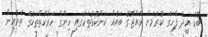
ބޮޑު އީދު ފާހަގަ ކުރުމަށް ރާއްޖޭގެ ބައެއް ކަންކޮޅުތަކުގައި ހިންގާ ހަރާކާތްތަކުގެ ތެރެއިން